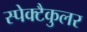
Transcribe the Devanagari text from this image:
स्पेक्टैकुलर